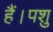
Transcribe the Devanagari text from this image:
हैं।पशु